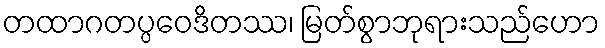
တထာဂတပ္ပဝေဒိတဿ၊ မြတ်စွာဘုရားသည်ဟော